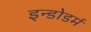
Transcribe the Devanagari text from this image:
इन्डोडर्म